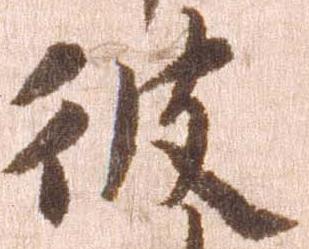
彼